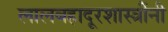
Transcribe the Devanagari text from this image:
लालबहादूरशास्त्रींनी